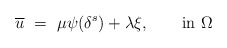
\begin{align*}\overline{u}\ =\ \mu \psi(\delta^s)+\lambda\xi,\qquad\hbox{in }\Omega\end{align*}